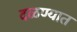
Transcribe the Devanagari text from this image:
दळण्यात